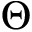
\Theta